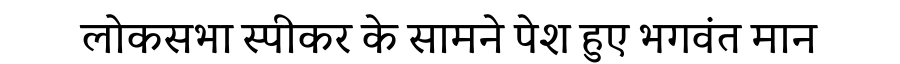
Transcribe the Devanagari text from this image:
लोकसभा स्पीकर के सामने पेश हुए भगवंत मान